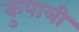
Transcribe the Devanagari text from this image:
कुपात्री